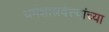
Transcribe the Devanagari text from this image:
धर्मशास्त्रवेत्त्यांच्या